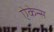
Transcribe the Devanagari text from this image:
ऐकेन्स